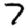
Digit: 7